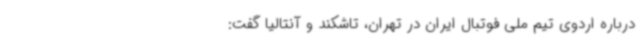
درباره اردوی تیم ملی فوتبال ایران در تهران، تاشکند و آنتالیا گفت: